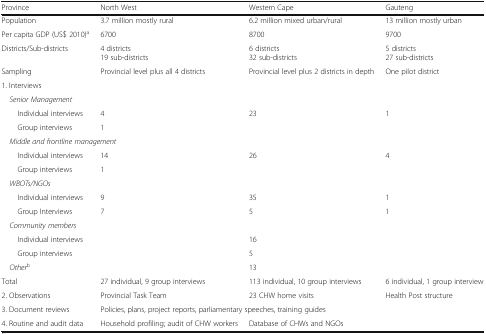
<table><thead><tr><td><b>Province</b></td><td><b>North West</b></td><td><b>Western Cape</b></td><td><b>Gauteng</b></td></tr></thead><tbody><tr><td>Population</td><td>3.7 million mostly rural</td><td>6.2 million mixed urban/rural</td><td>13 million mostly urban</td></tr><tr><td>Per capita GDP (US$ 2010)<sup>a</sup></td><td>6700</td><td>8700</td><td>9700</td></tr><tr><td>Districts/Sub-districts</td><td>4 districts19 sub-districts</td><td>6 districts32 sub-districts</td><td>5 districts27 sub-districts</td></tr><tr><td>Sampling</td><td>Provincial level plus all 4 districts</td><td>Provincial level plus 2 districts in depth</td><td>One pilot district</td></tr><tr><td colspan="4">1. Interviews</td></tr><tr><td colspan="4"> <i>Senior Management</i></td></tr><tr><td>Individual interviews</td><td>4</td><td>23</td><td>1</td></tr><tr><td>Group interviews</td><td>1</td><td></td><td></td></tr><tr><td colspan="4"> <i>Middle and frontline management</i></td></tr><tr><td>Individual interviews</td><td>14</td><td>26</td><td>4</td></tr><tr><td>Group interviews</td><td>1</td><td></td><td></td></tr><tr><td colspan="4"> <i>WBOTs/NGOs</i></td></tr><tr><td>Individual interviews</td><td>9</td><td>35</td><td>1</td></tr><tr><td>Group Interviews</td><td>7</td><td>5</td><td>1</td></tr><tr><td colspan="4"> <i>Community members</i></td></tr><tr><td>Individual interviews</td><td></td><td>16</td><td></td></tr><tr><td>Group interviews</td><td></td><td>5</td><td></td></tr><tr><td> <i>Other</i><sup>b</sup></td><td></td><td>13</td><td></td></tr><tr><td>Total</td><td>27 individual, 9 group interviews</td><td>113 individual, 10 group interviews</td><td>6 individual, 1 group interview</td></tr><tr><td>2. Observations</td><td>Provincial Task Team</td><td>23 CHW home visits</td><td>Health Post structure</td></tr><tr><td>3. Document reviews</td><td colspan="3">Policies, plans, project reports, parliamentary speeches, training guides</td></tr><tr><td>4. Routine and audit data</td><td>Household profiling; audit of CHW workers</td><td>Database of CHWs and NGOs</td><td></td></tr></tbody></table>